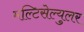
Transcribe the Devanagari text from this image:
मल्टिसेल्युलर